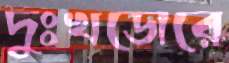
দুঃখডোরে